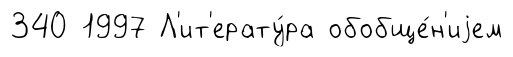
340 1997 Л'ит'ерату́ра обобще́н'иjем